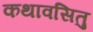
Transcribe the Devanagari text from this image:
कथावसितु